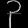
Digit: ၃